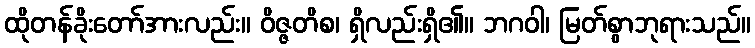
ထိုတန်ခိုးတော်အားလည်း။ ဝိဇ္ဇတိစ၊ ရှိလည်းရှိ၏။ ဘဂဝါ၊ မြတ်စွာဘုရားသည်။